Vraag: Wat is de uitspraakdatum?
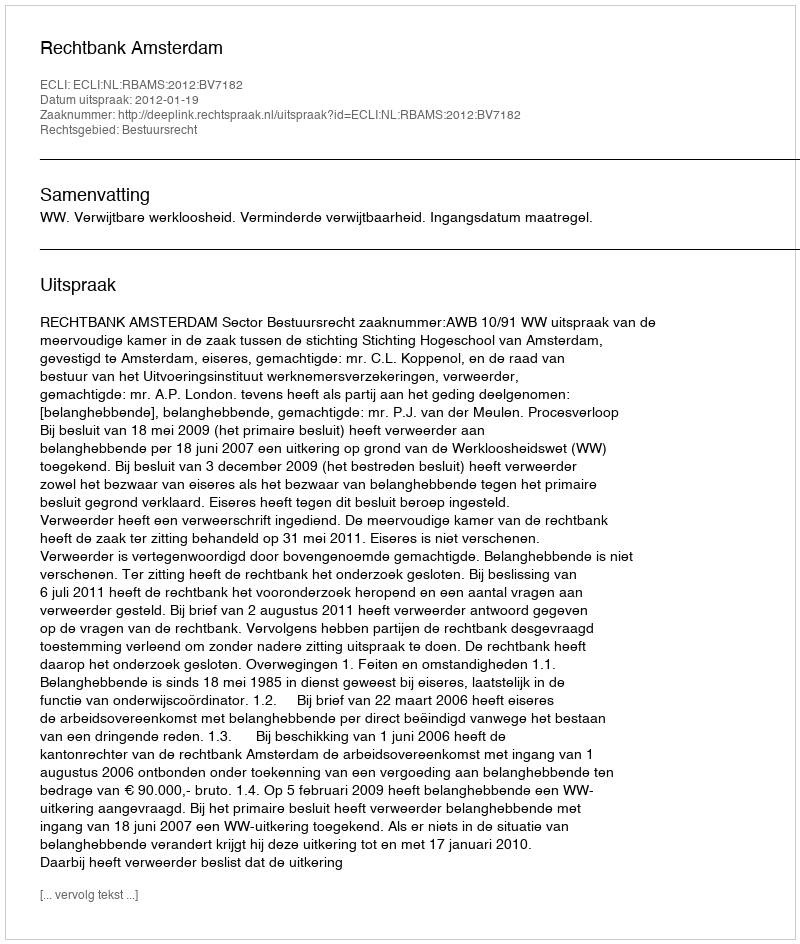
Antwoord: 2012-01-19